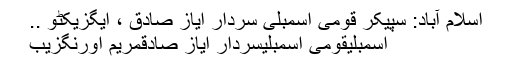
اسلام آباد: سپیکر قومی اسمبلی سردار ایاز صادق ، ایگزیکٹو ..
اسمبلیقومی اسمبلیسردار ایاز صادقمریم اورنگزیب